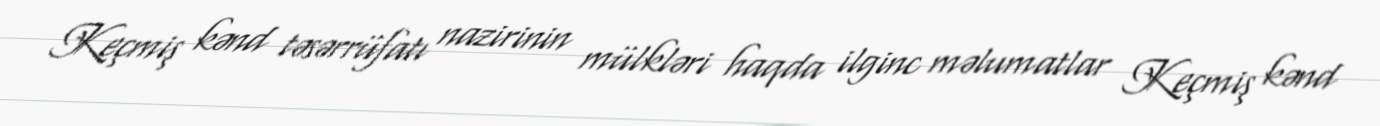
Keçmiş kənd təsərrüfatı nazirinin mülkləri haqda ilginc məlumatlar Keçmiş kənd